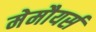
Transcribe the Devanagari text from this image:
मेमौयर्स